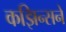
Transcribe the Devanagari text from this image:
कझिन्सने